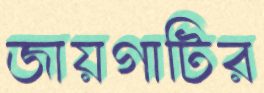
জায়গাটির